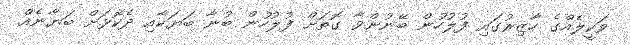
ވަކީލެއްގެ ހާޒިރުގައި ފުލުހުން ބޭނުންވާ ގޮތަށް ފުލުހުން ބުނާ ބަޔަކާއި ދެކޮޅަށް ބަޔާނެއް